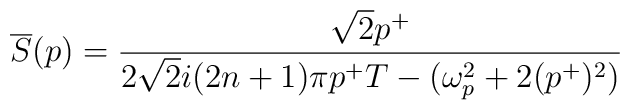
\overline{S} (p) = \frac{\sqrt{2}p^{+}}{2\sqrt{2}i(2n+1)\pi p^{+}T- (\omega_{p}^{2}+ 2(p^{+})^{2})}